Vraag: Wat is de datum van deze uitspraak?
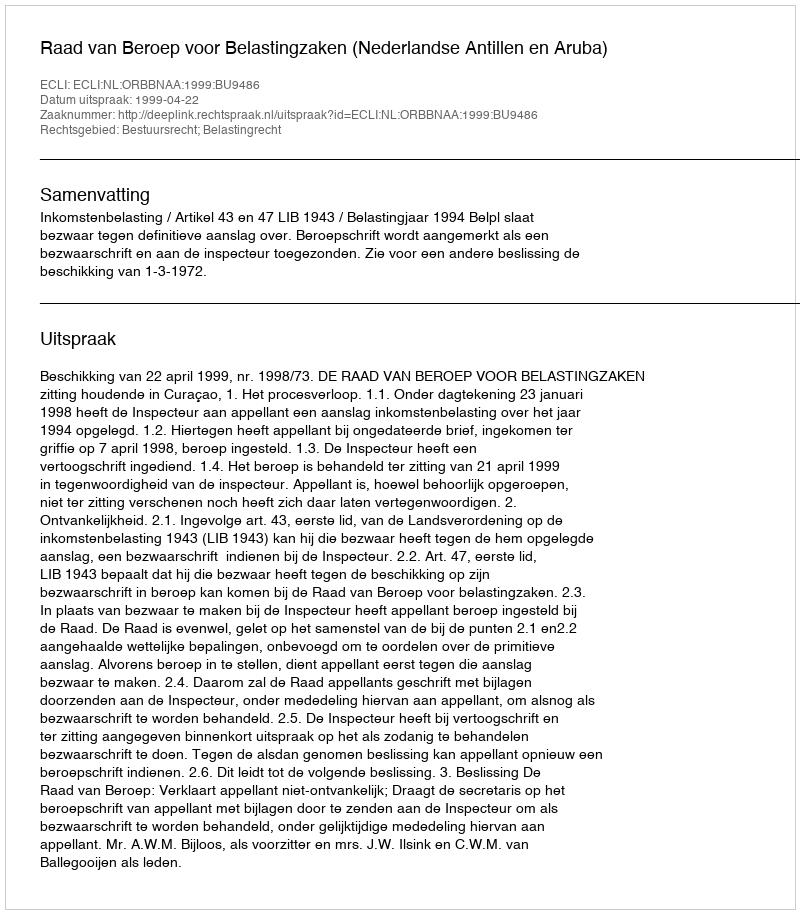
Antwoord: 1999-04-22